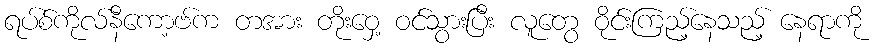
ရပ်စ်ကိုလ်နီကော့ဗ်က တအား တိုးဝှေ့ ဝင်သွားပြီး လူတွေ ဝိုင်းကြည့်နေသည့် နေရာကို